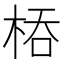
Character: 𭪇